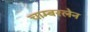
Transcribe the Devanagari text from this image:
चाम्बरलेन